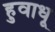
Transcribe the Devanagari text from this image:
हुवाधू